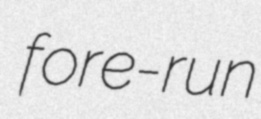
fore-run